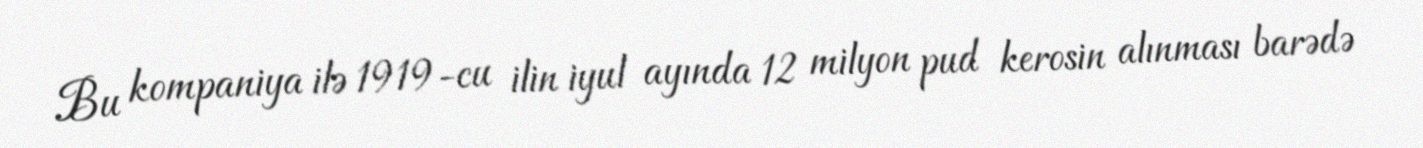
Bu kompaniya ilə 1919-cu ilin iyul ayında 12 milyon pud kerosin alınması barədə